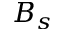
B _ { s }